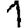
Digit: 1